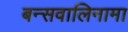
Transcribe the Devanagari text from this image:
बन्सवालिनामा